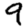
Digit: 9